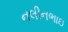
નલીનભાઇ